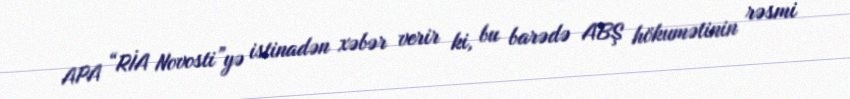
APA “RİA Novosti”yə istinadən xəbər verir ki, bu barədə ABŞ hökumətinin rəsmi